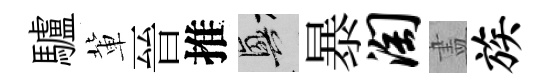
驢軰晉推興暴淘𥁞族